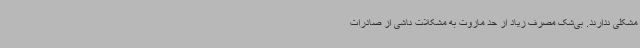
مشکلی ندارند. بی‌شک مصرف زیاد از حد مازوت به مشکلات ناشی از صادرات